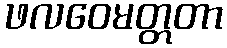
ဖလဝေမတ္တတာ